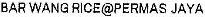
BAR WANG RICE@PERMAS JAYA